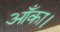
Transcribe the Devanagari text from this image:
आँका।